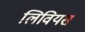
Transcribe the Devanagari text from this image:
लिवियस